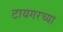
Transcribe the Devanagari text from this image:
टायगरच्या